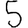
Digit: 5